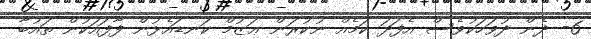
6- ދެން ދުވަހަކުވެސް އެފަދަ ކަމެއް ނުކުރަން ޢަޒުމް ކަނޑައެޅުން ފާފައަކުން ތައުބާ